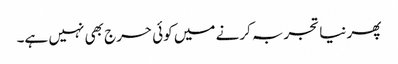
پھر نیا تجربہ کرنے میں کوئی حرج بھی نہیں ہے۔